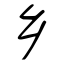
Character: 乡